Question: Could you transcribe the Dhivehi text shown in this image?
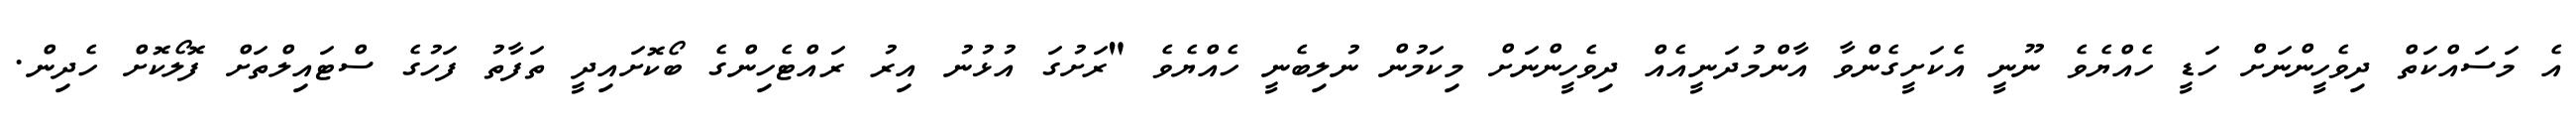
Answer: އެ މަސައްކަތް ދިވެހީންނަށް ހަޑީ ހެއްޔެވެ ނޫނީ އެކަށީގެންވާ އާންމުދަނީއެއް ދިވެހީންނަށް މިކަމުން ނުލިބެނީ ހެއްޔެވެ "ރަށުގަ އުޅުނު އިރު ރައްޓެހިންގެ ބޯކޮށައިދީ ތަފާތު ފަހުގެ ސްޓައިލްތަށް ފޮލޯކޮށް ހެދިން.